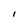
Character: l